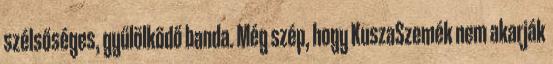
szélsőséges, gyűlölködő banda. Még szép, hogy KuszaSzemék nem akarják